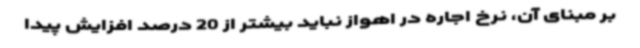
بر مبنای آن، نرخ اجاره در اهواز نباید بیشتر از 20 درصد افزایش پیدا